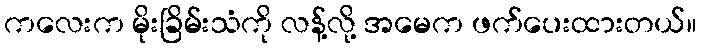
ကလေးက မိုးခြိမ်းသံကို လန့်လို့ အမေက ဖက်ပေးထားတယ်။